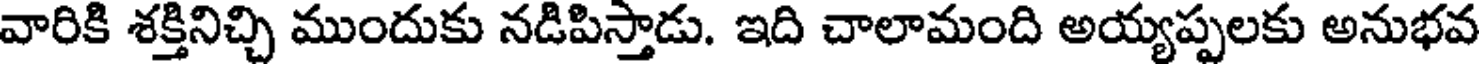
వారికి శక్తినిచ్చి ముందుకు నడిపిస్తాడు. ఇది చాలామంది అయ్యప్పలకు అనుభవ